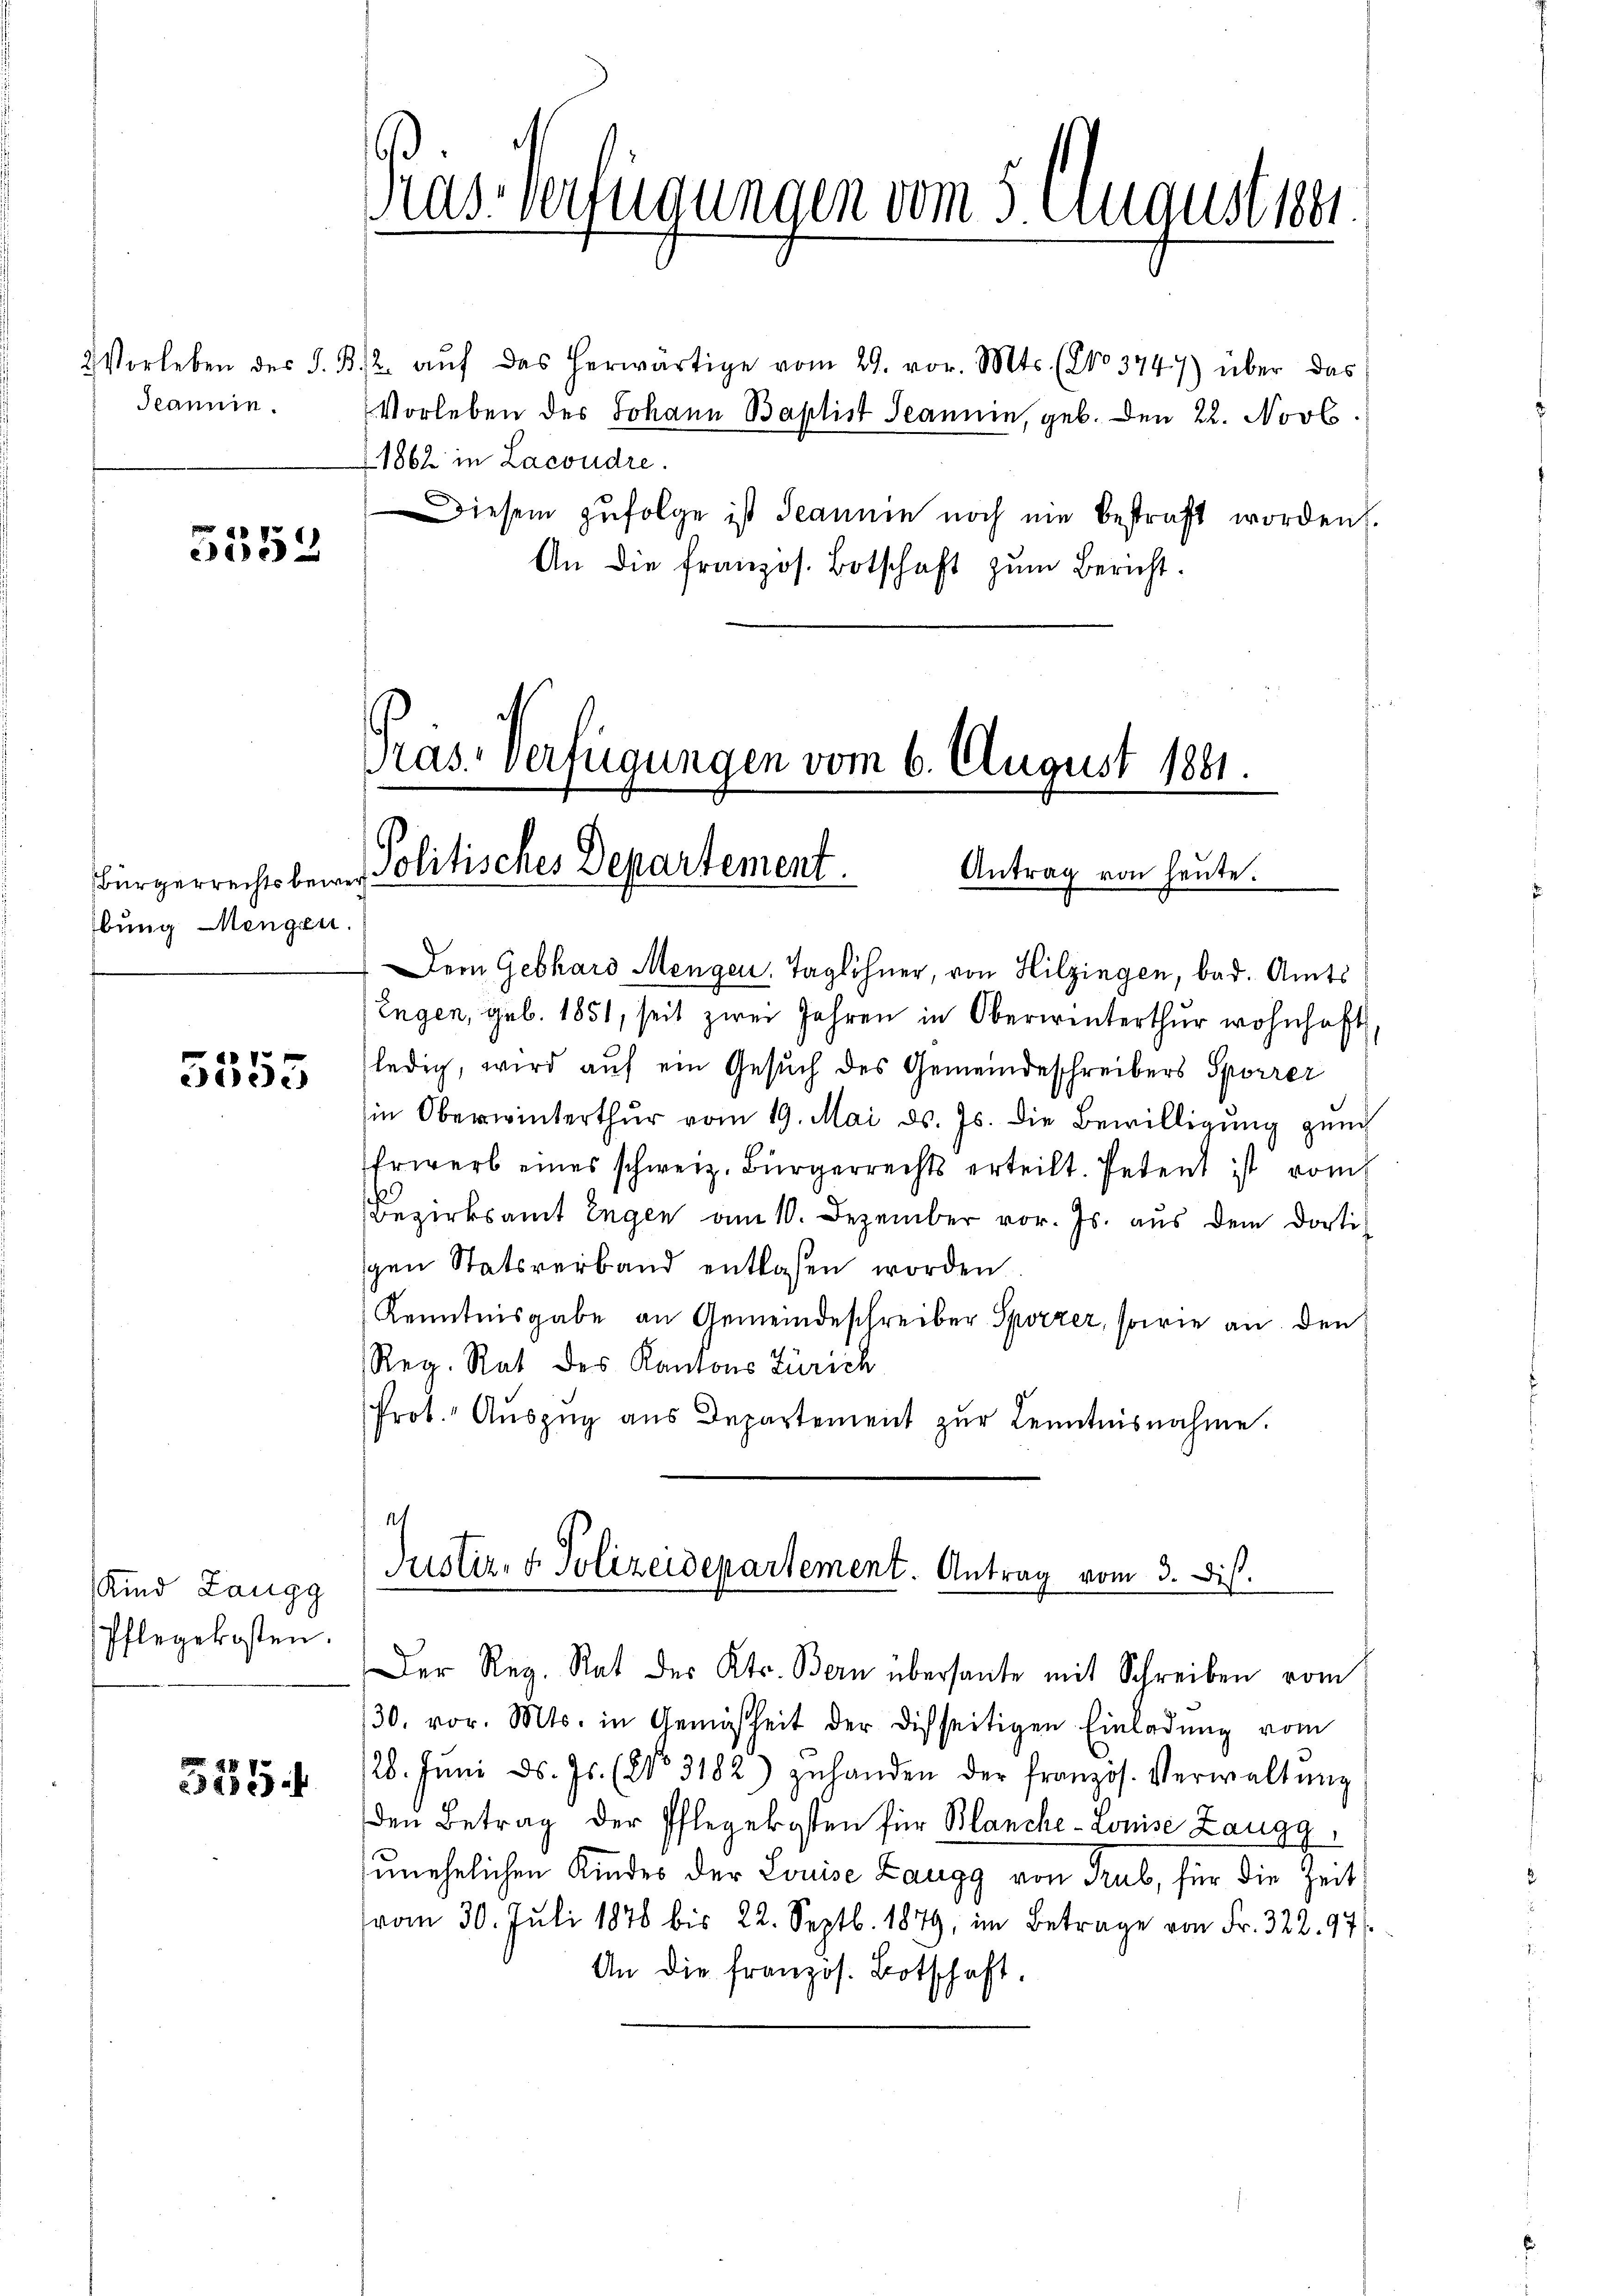
deann.

5552

bung Mengen.

5555

Kind Langg
Pflegekosten.

535

as-Verfügungen vom 8. August 1891.

2 Vorleben der S. B. 2. aŭf das herwärtige vom 29. vor. Mts. (No 3747) über das
1862 in Lacoudre.
An die französ. Botschaft zŭm Bericht.

Pras-Verfügungen vom 6. August 1881.
Bürgerrechts beren Politisches Departement
Antrag von heute.

Justiz- & Polizeidepartement. Antrag vom 3. Dist.

Vorleben des Johann Baptist Jeannie, geb. Den 22. Novb.
Diesem zufolge ist Jeannin noch ein bestraft worden.

Dem Gebhard Mengen, Taglöhner, von Hilzingen, bad. Amts
Engen, geb. 1851, seit zwei Jahren in Oberwinterthur wohnhaft
ledig, wird auf ein Gesuch des Gemeindeschreibers Sporrer
in Oberwinterthur vom 19. Mai d. Js. die Bewilligung gund
Erwerb eines schweiz. Bürgerrechts erteilt. Petent ist vom
Bezirksamt Engen am 10. Dezember vor. Js. aus dem dorti
gen Statsverband entlassen worden.
Kenntnisgabe an Gemeindeschreiber Sporzer, sowie an den
Reg. Rat des Kantons Zürich
Prot. Aŭszŭg aŭs Departement zŭr Kenntnisnahme.
at

Der Reg. Rat des Kts. Bern übersante mit Schreiben vom
30. vor. Mts. in Gemäßheit der Disseitigen Einladŭng vom
28. Jŭni d. Js. (No. 3182) zŭhanden der französ. Verwaltŭng
den Betrag der Pflegekosten für Blanche-Louise Zaugg,
unehelichen Kindes der Louise Zaugg von Trub, für die Zeit
vom 30. Juli 1878 bis 22. Septb. 1879, im Betrage von Fr. 322. 97
An die französ. Botschaft.